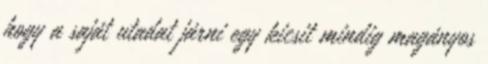
hogy a saját utadat járni egy kicsit mindig magányos